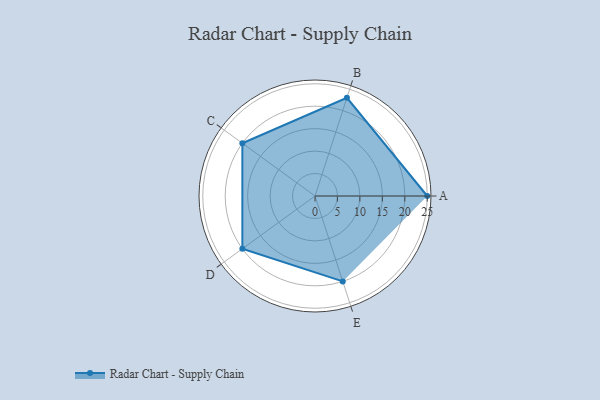
{"axis": {"x": "Skill", "y": "Score"}, "legend": ["Profile"], "data": [{"x": "A", "y": 25.0, "type": "Profile"}, {"x": "B", "y": 23.0, "type": "Profile"}, {"x": "C", "y": 20.0, "type": "Profile"}, {"x": "D", "y": 20, "type": "Profile"}, {"x": "E", "y": 20, "type": "Profile"}]}